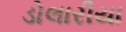
ડોલારીયા